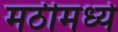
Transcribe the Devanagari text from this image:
मठीमध्ये